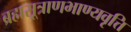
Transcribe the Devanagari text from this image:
ब्रह्मसूत्राणभाण्यवृत्ति